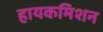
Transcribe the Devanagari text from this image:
हायकमिशन